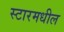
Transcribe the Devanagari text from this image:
स्टारमधील